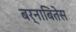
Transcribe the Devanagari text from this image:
बर्नाबितेस